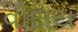
વીદાય